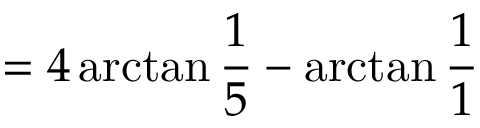
= 4 \arctan { \frac { 1 } { 5 } } - \arctan { \frac { 1 } { 1 } }